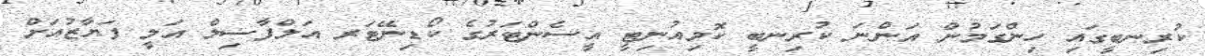
ކުރިނބީގައި ހިންގަމުން އަންނަ ކުރިނބީ ކޮމިއުނިޓީ އީސެންޓަރުގެ ކޯޑިނޭޓަރ އަލްފާޟިލް އަލީ ފަޔާޒުއަށް